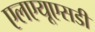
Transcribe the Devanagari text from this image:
एलएयूएसडी